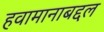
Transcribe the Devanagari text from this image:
हवामानाबद्दल